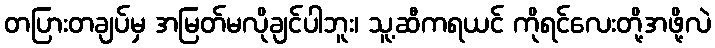
တပြားတချပ်မှ အမြတ်မလိုချင်ပါဘူး၊ သူ့ဆီကရယင် ကိုရင်လေးတို့အဖို့လဲ